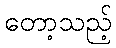
တော့သည့်